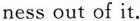
ness out of it.